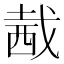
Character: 𧟭